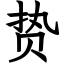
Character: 贽